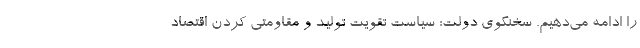
را ادامه می‌دهیم. سخنگوی دولت: سیاست تقویت تولید و مقاومتی کردن اقتصاد